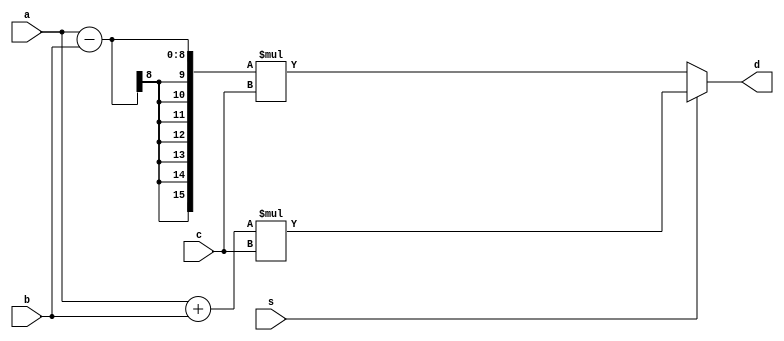
module hw2_nonpipe (
    input [7:0] a, 
    input [7:0] b, 
    input [7:0] c, 
    input s, 
    output [15:0] d
);

    reg [15:0] temp;

    always @(*) begin
        if (s == 1) 
            temp = (a + b) * c;
        else
            temp = (a - b) * c;
    end

    assign d = temp;

endmodule